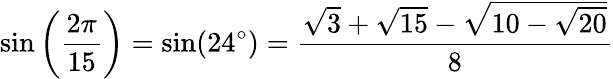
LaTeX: \sin\left({\frac{2\pi}{15}}\right)=\sin(24^{\circ})={\frac{{\sqrt{3}}+{\sqrt{15}}-{\sqrt{10-{\sqrt{20}}}}}{8}}